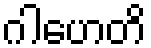
ဂါဟေတိ